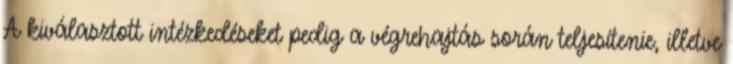
A kiválasztott intézkedéseket pedig a végrehajtás során teljesítenie, illetve